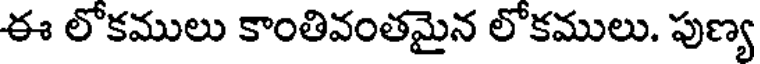
ఈ లోకములు కాంతివంతమైన లోకములు. పుణ్య